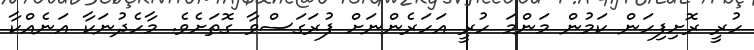
ހުރީ ރޮށިފިހަން ކަމުން މަންމަ ހުރީ އަހަރެންނަށް ފުރަގަސްވާ ގޮތަށެވެ. މާހެދުނަކާ އަނެއްކާ